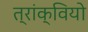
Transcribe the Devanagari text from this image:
त्रांक्वियो